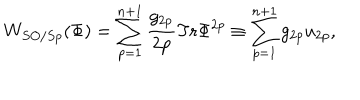
W _ { S O / S p } ( \Phi ) = \sum _ { p = 1 } ^ { n + 1 } \frac { g _ { 2 p } } { 2 p } \mathrm { T r } \Phi ^ { 2 p } \equiv \sum _ { p = 1 } ^ { n + 1 } g _ { 2 p } u _ { 2 p } ,